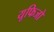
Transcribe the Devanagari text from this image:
यूफिजो